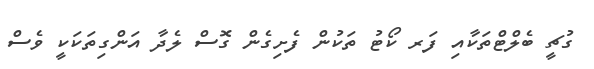
ގުޗީ ބެލްޓްތަކާއި ފަރ ކޯޓު ތަކުން ފެށިގެން ގޮސް ލެދާ އަންގިތަކަކީ ވެސް